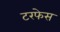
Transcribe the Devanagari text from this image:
टरफेस